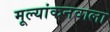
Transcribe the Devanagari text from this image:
मूल्यांकनवाला